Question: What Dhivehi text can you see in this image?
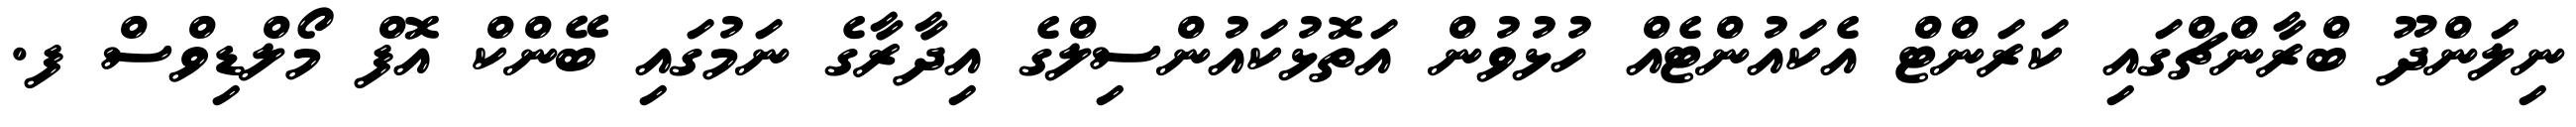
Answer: ނިލަންދޫ ބްރާންޗްގައި ކަރަންޓް އެކައުންޓެއް ހުޅުވުން އަތޮޅުކައުންސިލްގެ އިދާރާގެ ނަމުގައި ބޭންކް އޮފް މޯލްޑިވްސް ފ.